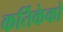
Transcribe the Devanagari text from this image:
कर्तिकेको